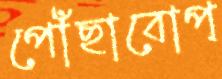
পোঁছাবোপ্